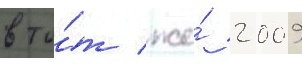
в то́т же́ 2009